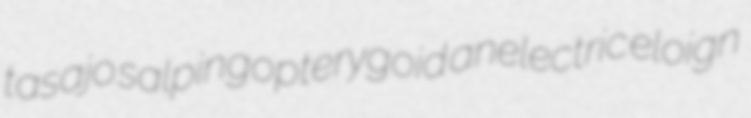
tasajo salpingopterygoid anelectric eloign